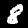
Label: 8